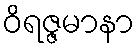
ဝိရဇ္ဇမာနာ